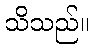
သိသည်။